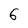
Character: 6